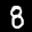
Label: 8